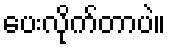
ပေးလိုက်တာပဲ။